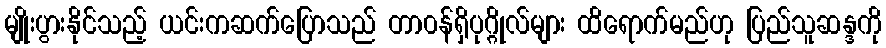
မျိုးပွားနိုင်သည့် ယင်းကဆက်ပြောသည် တာ၀န်ရှိပုဂ္ဂိုလ်များ ထိရောက်မည်ဟု ပြည်သူဆန္ဒကို